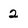
Character: 2